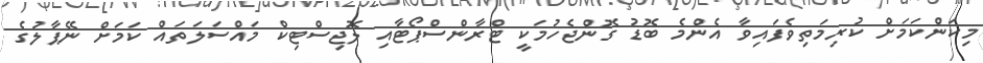
މިކަންކަމަށް ކުރިމަތިވެފައިވާ އެންމެ ބޮޑު ގޮންޖެހުމަކީ ޓްރާންސްޕޯޓާއި ލޮޖިސްޓިކް މައްސަލަތައް ކަމަށް ނޭޕާލުގެ